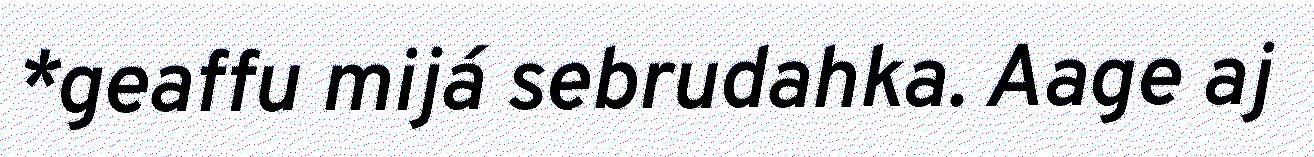
*geaffu mijá sebrudahka. Aage aj